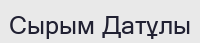
Сырым Датұлы